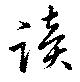
讀